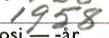
1958